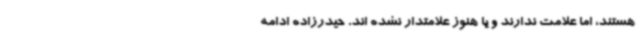
هستند، اما علامت ندارند و یا هنوز علامتدار نشده اند. حیدرزاده ادامه